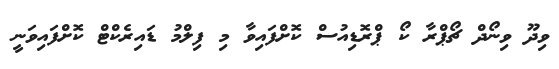
ވިދޫ ވިނޯދް ޗޯޕްރާ ކޯ ޕްރޮޑިއުސް ކޮށްފައިވާ މި ފިލްމު ޑައިރެކްޓް ކޮށްފައިވަނީ